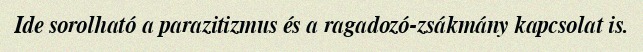
Ide sorolható a parazitizmus és a ragadozó-zsákmány kapcsolat is.